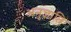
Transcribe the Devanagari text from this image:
अनुज्ञाप्ति